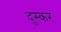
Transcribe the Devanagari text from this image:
दुस्कर